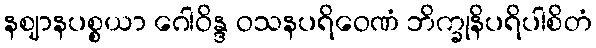
နဈာနပစ္စယာ ဂေါဝိန္ဒ ဝသနပရိဝေဏံ ဘိက္ခုနိပရိပါစိတံ